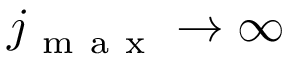
j _ { \mathrm { ~ m ~ a ~ x ~ } } \to \infty